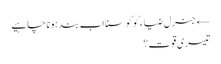
← جنرل ضیاء کو کوسنا اب بند ہونا چاہیے
تیسری قوت؟